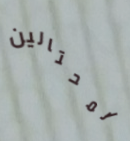
المحتالين